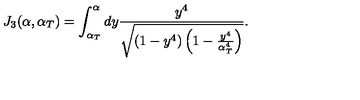
J _ { 3 } ( \alpha , \alpha _ { T } ) = \int _ { \alpha _ { T } } ^ { \alpha } d y \frac { y ^ { 4 } } { \sqrt { ( 1 - y ^ { 4 } ) \left( 1 - \frac { y ^ { 4 } } { \alpha _ { T } ^ { 4 } } \right) } } .